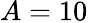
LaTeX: A=10